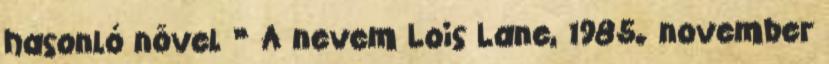
hasonló nõvel ” A nevem Lois Lane, 1985. november